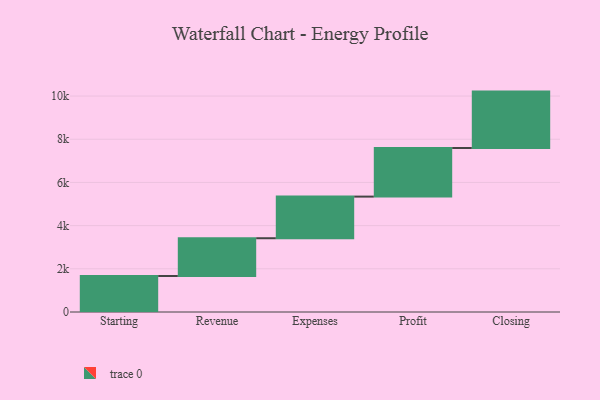
{"axis": {"x": "Step", "y": "Value"}, "legend": [""], "data": [{"x": "Starting", "y": 1667.0, "type": ""}, {"x": "Revenue", "y": 1749.0, "type": ""}, {"x": "Expenses", "y": 1928.0, "type": ""}, {"x": "Profit", "y": 2251.0, "type": ""}, {"x": "Closing", "y": 2611.0, "type": ""}]}